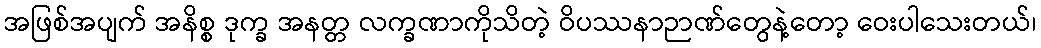
အဖြစ်အပျက် အနိစ္စ ဒုက္ခ အနတ္တ လက္ခဏာကိုသိတဲ့ ဝိပဿနာဉာဏ်တွေနဲ့တော့ ဝေးပါသေးတယ်၊